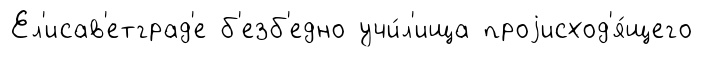
Ел'исав'етград'е б'езб'едно учи́л'ища проjисход'я́щего